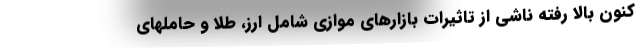
کنون بالا رفته ناشی از تاثیرات بازارهای موازی شامل ارز، طلا و حاملهای